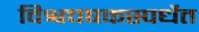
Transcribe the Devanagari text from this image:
विश्वचषकस्पर्धेत